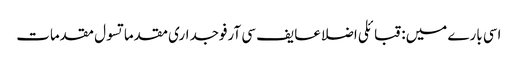
اسی بارے میں: قبائلی اضلاعایف سی آرفوجداری مقدماتسول مقدمات